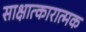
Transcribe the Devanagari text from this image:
साक्षात्कारात्मक